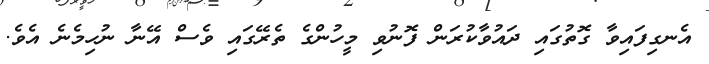
އެނގިފައިވާ ގޮތުގައި ދައުވާކުރަން ފޮނުވި މީހުންގެ ތެރޭގައި ވެސް އޭނާ ނުހިމެނެ އެވެ.